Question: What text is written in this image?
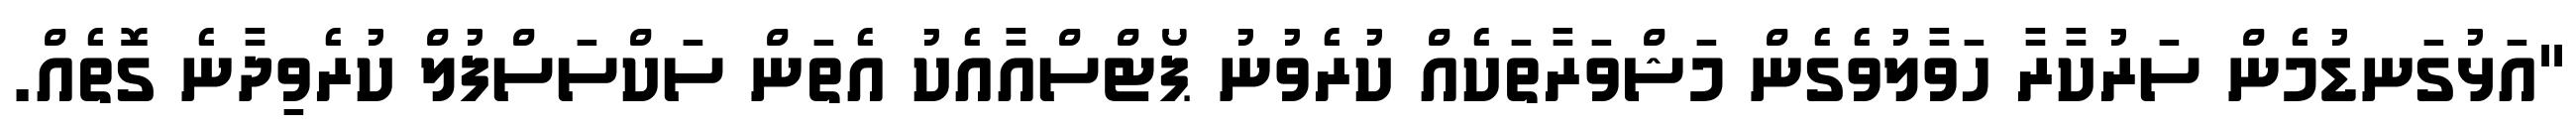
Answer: "އަޅުގަނޑުމެން ސަރުކާރާ ހަވާލުވެގެން މަޝްވަރާތަކެއް ކުރެވުނު ޕޯޓްސްއާއެކު އެތަން ސަކްސަސްފުލް ކުރެވިދާނެ ގޮތެއް.